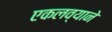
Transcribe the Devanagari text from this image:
एकलव्याने